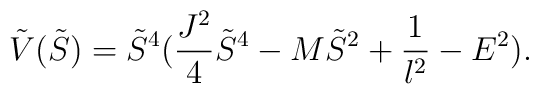
\tilde{V}(\tilde{S})=\tilde{S}^4(\frac{J^2}{4}\tilde{S}^4-M\tilde{S}^2+\frac{1}{l^2}-E^2).